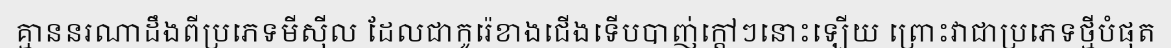
គ្មាននរណាដឹងពីប្រភេទមីស៊ីល ដែលជាកូរ៉េខាងជើងទើបបាញ់ក្តៅៗនោះឡើយ ព្រោះវាជាប្រភេទថ្មីបំផុត